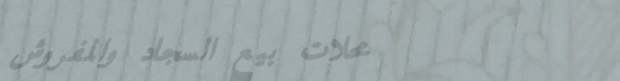
محلات بيع السجاد والمفروش